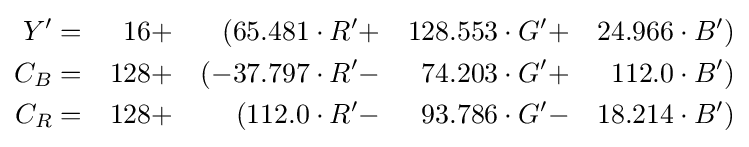
{\begin{aligned}Y'&=&16&+&(65.481\cdot R'&+&128.553\cdot G'&+&24.966\cdot B')\\C_{B}&=&128&+&(-37.797\cdot R'&-&74.203\cdot G'&+&112.0\cdot B')\\C_{R}&=&128&+&(112.0\cdot R'&-&93.786\cdot G'&-&18.214\cdot B')\end{aligned}}